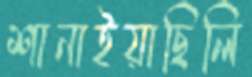
শানাইয়াছিলি